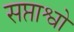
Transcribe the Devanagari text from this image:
सप्ताश्वो